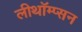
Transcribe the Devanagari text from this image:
लीथॉम्प्सन